Bréfritari: Sigríður Pálsdóttir
Viðtakandi: Páll Pálsson
Dagsetning: A-1845-08-06
Skrifað á: Síðumúla  Mýr.
Páll var bróðir Sigríðar

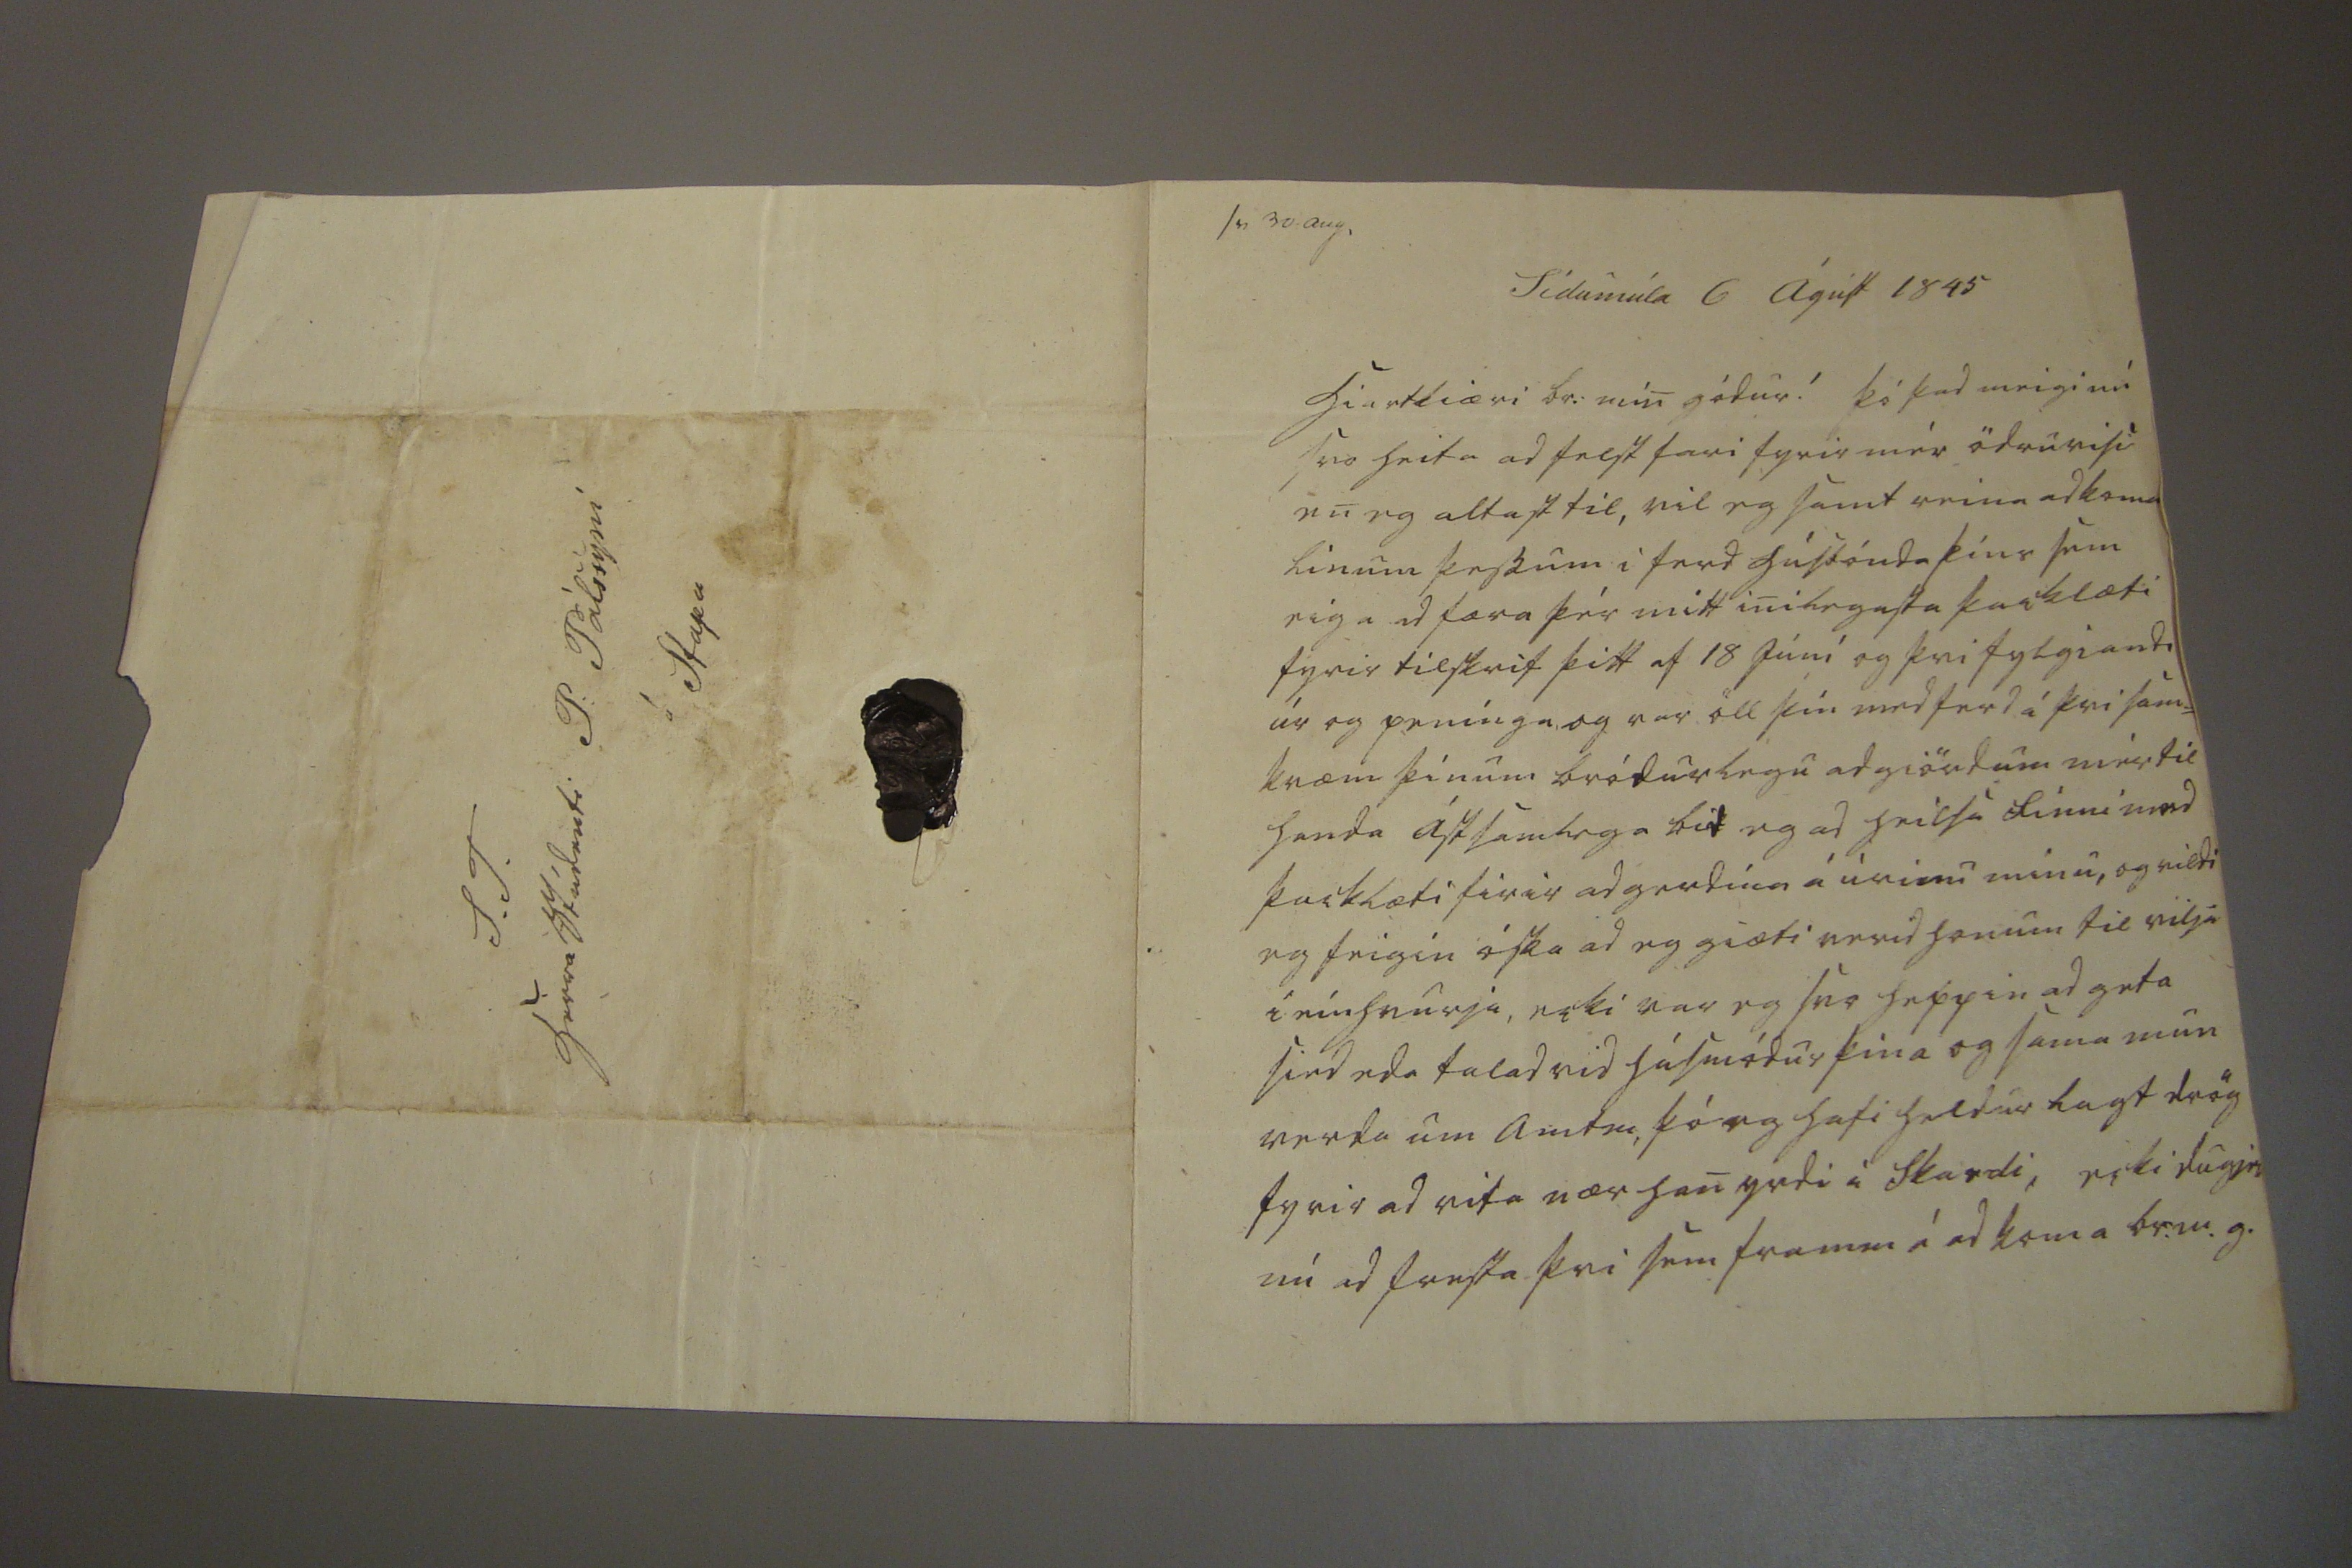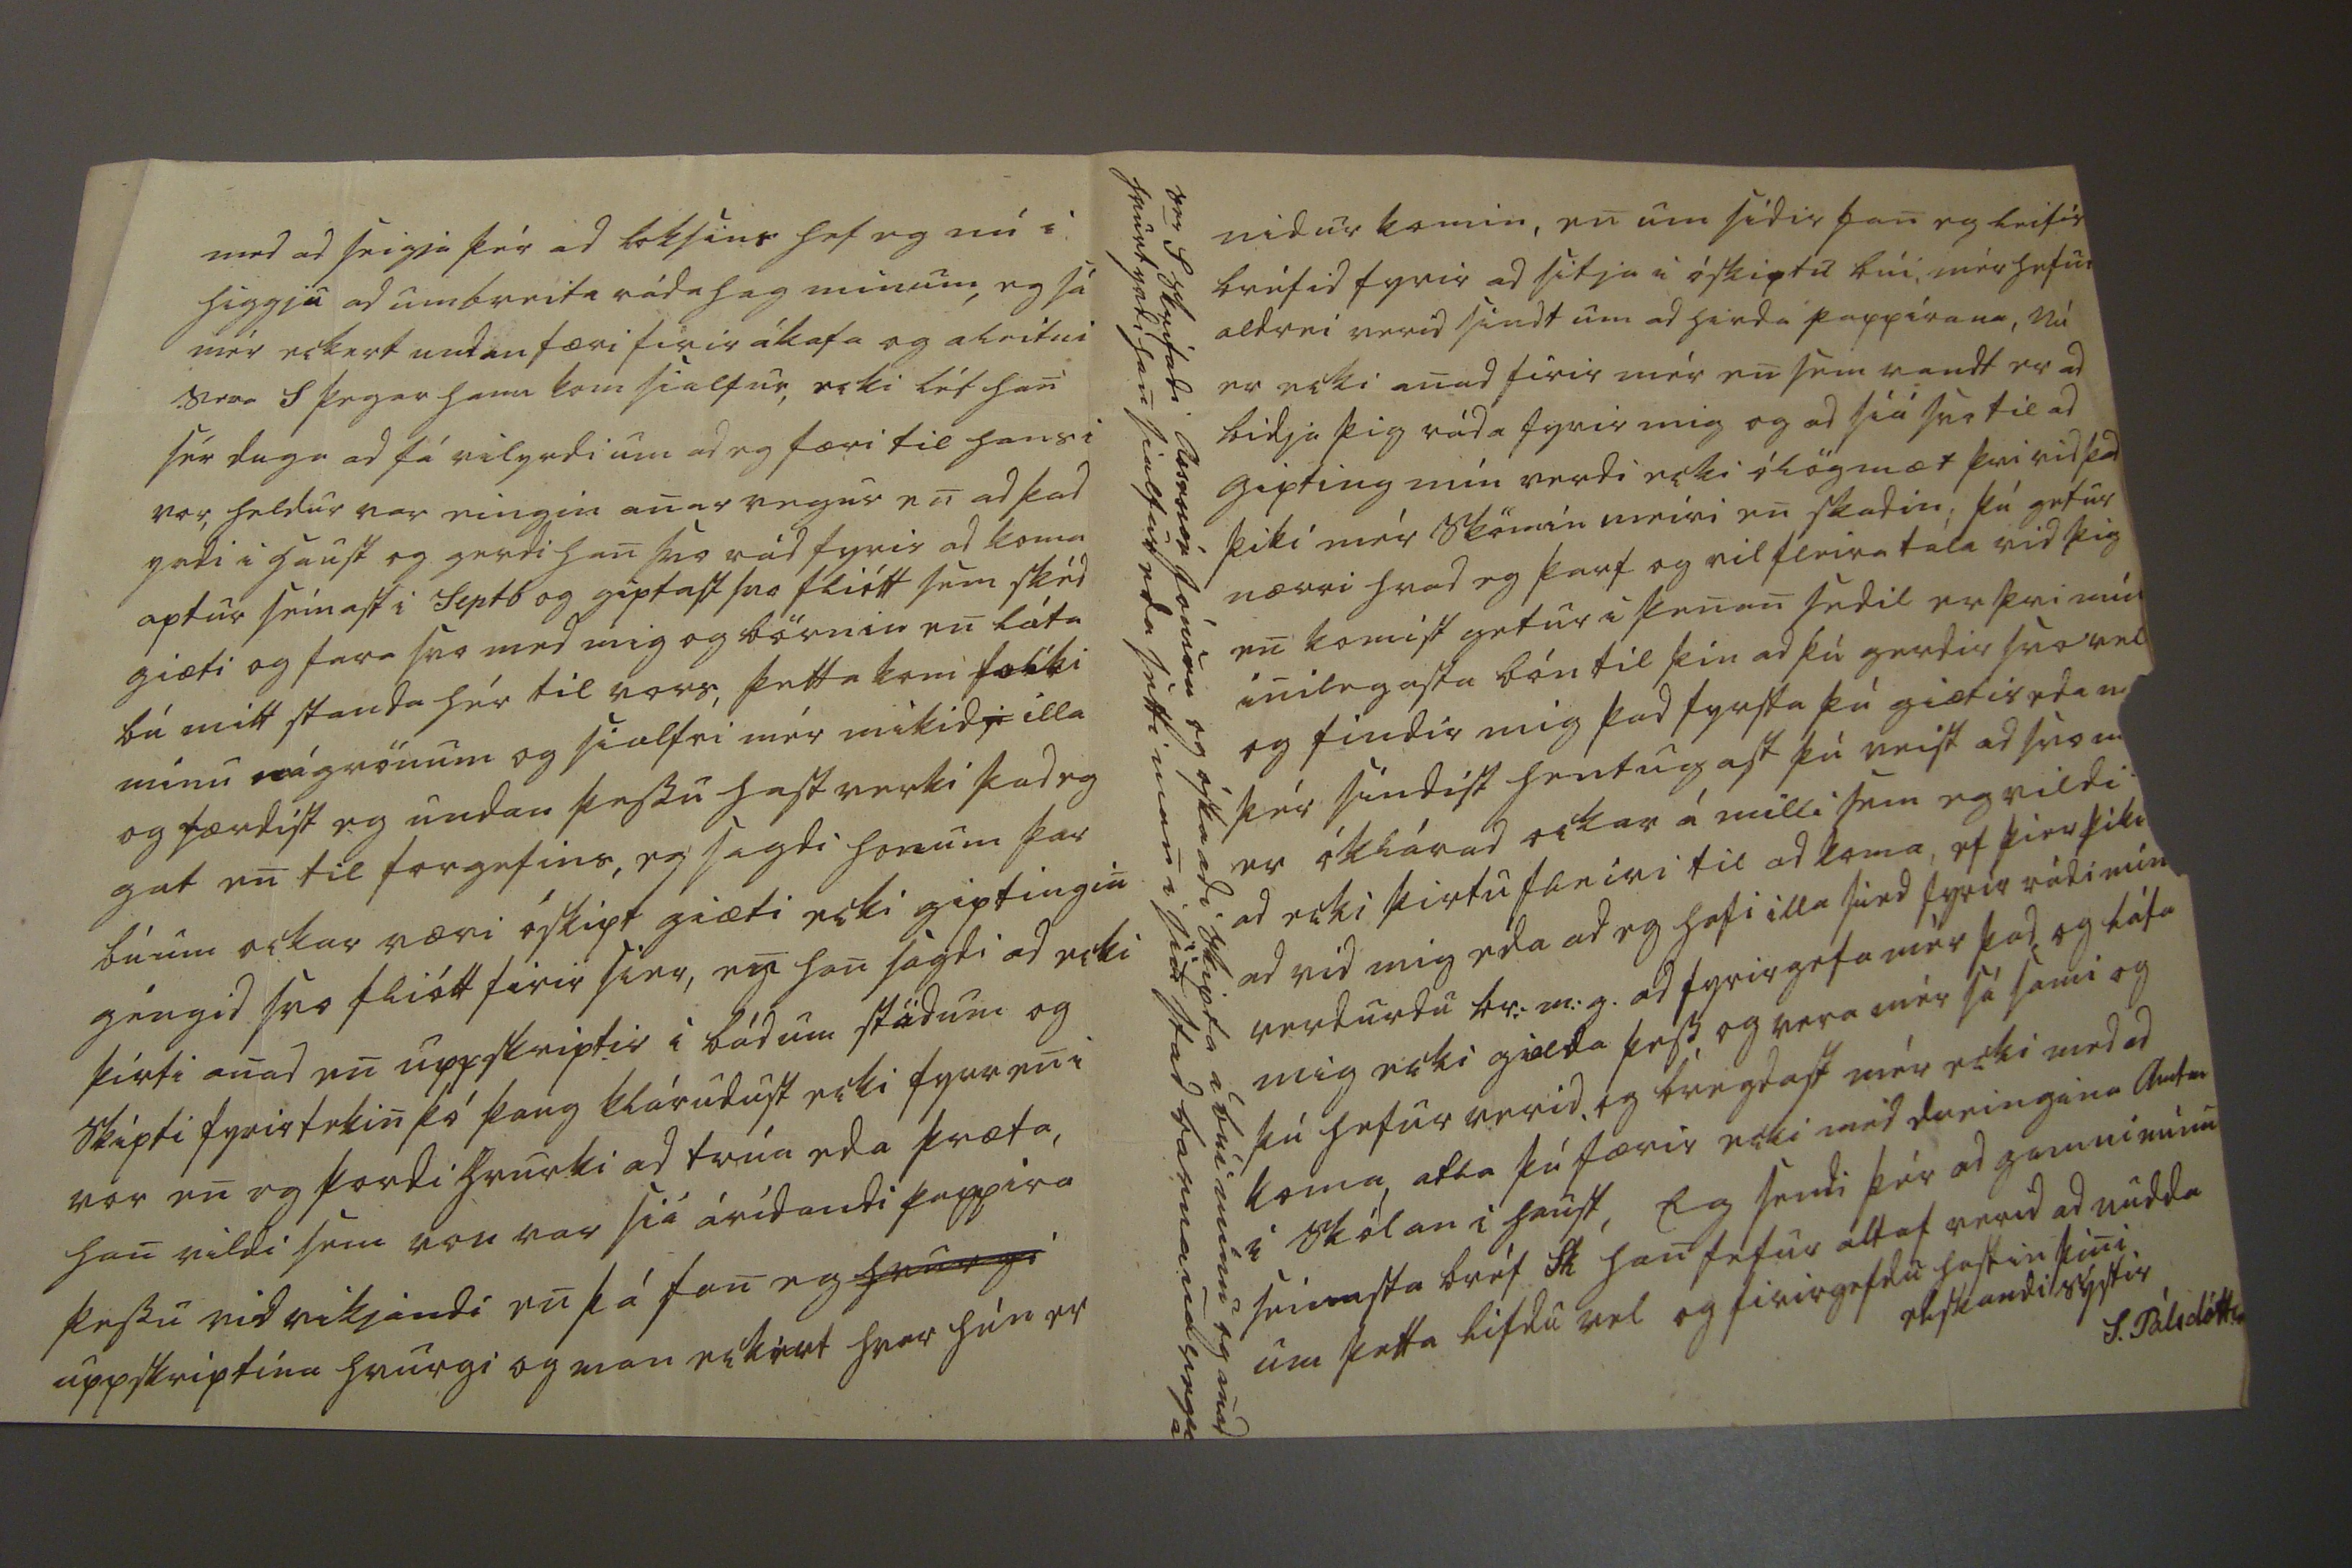

sv 30 aug.
Sídumúla 6 Ágúst 1845
Hiartkiæri br: min gódur ! Þó þad meigi nú svo heita ad felst fari fyrir mér ödruvisi en eg altast til, vil eg samt reina ad koma línum þessum i ferd húsbónda þíns sem eiga ad færa þér mitt inilegasta þacklæti fyrir tilskrif þitt af 18 Júní og þvi fylgiandi úr og penínga, og var öll þín medferd á þvi sam= kvæm þínum bródurlegu adgiördum mér til handa ástsamlega bid eg ad heilsa Finni med þacklæti firir adgerdina á úrinu minu, og vildi eg feigin óska ad eg giæti verid honum til vilja i einhvurju, ecki var eg svo heppin ad geta sied eda talad vid húsmódur þina og sama mun verda um Amtm, þó eg hafi heldur lagt drög fyrir ad vita nær han yrdi i Skardi, ecki dugir nú ad fresta þvi sem framm á ad koma br:m.g.
med ad seigja þér ad loksins hef eg nú i higgju ad umbreita rádhag minum, eg sá mér eckert undanfæri firir ákafa og áleitni Sera S þegar hann kom sialfur, ecki lét han sér duga ad fá vilyrdi um ad eg færi til hans i vor, heldur var eingin anar vegur en ad þad yrdi i haust og gerdi han svo rád fyrir ad koma aptur seinast i Septb og giptast svo fliótt sem skéd giæti og fara svo med mig og börnin en láta bú mitt standa hér til vors, þetta kom folki minu nágrönum og sialfri mér mikid
i
illa og færdist eg undan þessu hastverki þad eg gat en til forgefins, eg sagdi honum þar búum ockar væri óskipt giæti ecki giptingin géngid svo fliótt firir sier, en han sagdi ad ecki þirti anad en uppskriptir i bádum stödum og skipti fyrirtekin þó þaug klárudust ecki fyrr en i vor en eg þordi hvurki ad trúa eda þræta, han vildi sem von var siá árídandi pappira þessu vidvikjandi en þá fan eg
hvurgi
uppskriptina hvurgi og man eckert hvar hún er
nidur komin, en um sídir fan eg leifis bréfid fyrir ad sitja i óskiptu búi, mér hefur aldrei verid sindt um ad hirda pappírana, Nú er ecki anad firir mér en sem vandt er ad bidja þig ráda fyrir mig og ad siá svo til ad gipting mín verdi ecki ólögmæt þvi vid þad þiki mér skömin meiri en skadin: þú getur nærri hvad eg þarf og vil fleira tala vid þig en komist getur i þenan sedil er þvi mín inilegasta bón til þín ad þú gerdir svo vel og findir mig þad fyrsta þú giætir eda m
00
þér síndist hentugast þú veist ad svo
m00
er óklárad ockar á milli sem eg vildi ad ecki þirtu fleiri til ad koma, ef þier þiki
00
ad vid mig eda ad eg hafi illa sied fyrir rádi mín
0
verdurdu br:m:g. ad fyrirgefa mér þad og láta mig ecki gialda þess, og vera mér sá sami og þú hefur verid, og bregdast mér ecki med ad koma, atla þú færir ecki med dreingina Amtm i skólan i haust, Eg sendi þér ad gamni mínu seinasta bréf Fh han hefur altaf verid ad nudda um þetta
lifdu vel og firirgefdu hastin þini elskandi systir
S. Pálsdóttir
Ser S skrifadi Assessór Jónson og óskadi skipta á búi mínu og anad hvurt yrdi han sialfur eda setti man i sin stad barnana vegna
S. T. herra Stúdenti P: Pálssyni á Stapa